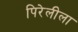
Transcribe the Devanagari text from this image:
पिरेलीला